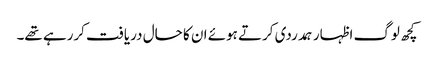
کچھ لوگ اظہار ہمدردی کرتے ہوئے ان کا حال دریافت کررہے تھے۔